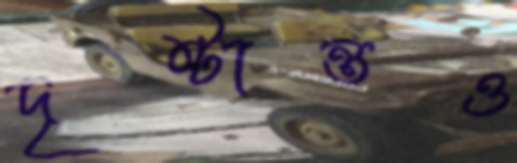
দৃষ্টান্তও